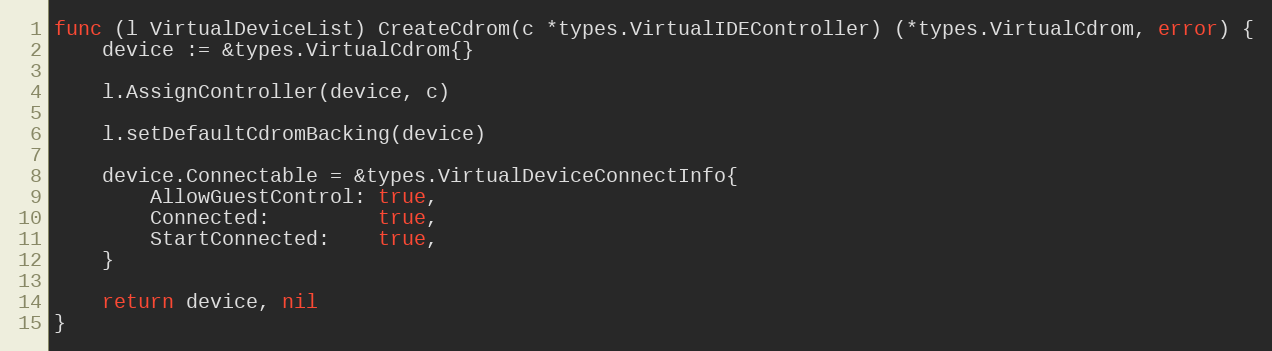
Language: Go
func (l VirtualDeviceList) CreateCdrom(c *types.VirtualIDEController) (*types.VirtualCdrom, error) {
	device := &types.VirtualCdrom{}

	l.AssignController(device, c)

	l.setDefaultCdromBacking(device)

	device.Connectable = &types.VirtualDeviceConnectInfo{
		AllowGuestControl: true,
		Connected:         true,
		StartConnected:    true,
	}

	return device, nil
}